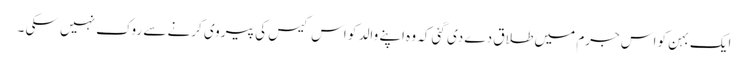
ایک بہن کو اس جرم میں طلاق دے دی گئی کہ وہ اپنے والد کو اس کیس کی پیروی کرنے سے روک نہیں سکی ۔